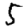
Digit: 5